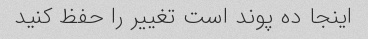
اینجا ده پوند است تغییر را حفظ کنید